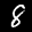
Label: 8